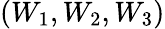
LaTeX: (W_{1},W_{2},W_{3})